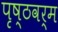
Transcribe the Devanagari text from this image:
पृष्ठवर्म